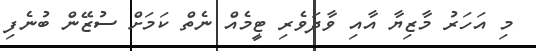
މި އަހަރު މާޒިޔާ އާއި ވާދަވެރި ޓީމެއް ނެތް ކަމަށް ސުޒޭން ބުނެފި